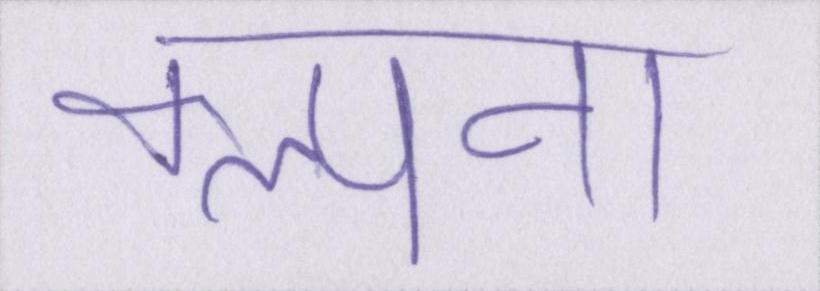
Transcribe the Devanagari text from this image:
कल्पना